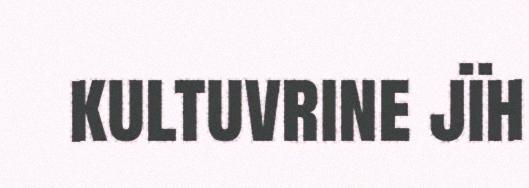
kultuvrine jïh